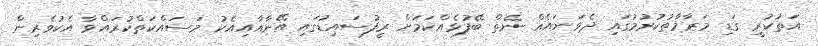
އަތުކުރީ ގަޑި މަރާމާތުކުރުމުގައި ދެވަނައެއް ނެތް ބޭފުޅެއްކަމަށް ރީފުސައިޑުގައި އޭނާއާއިއެކު މަސައްކަތްކުރައްވާ އެކުވެރިން